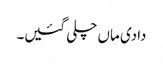
دادی ماں چلی گئیں۔